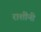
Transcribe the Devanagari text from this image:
राशींनी